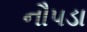
નૌપડા